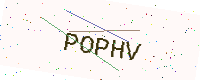
Text: POPHV